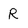
Character: R